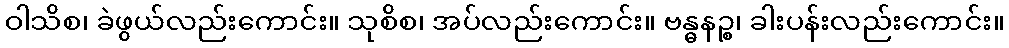
ဝါသိစ၊ ခဲဖွယ်လည်းကောင်း။ သုစိစ၊ အပ်လည်းကောင်း။ ဗန္ဓနဉ္စ၊ ခါးပန်းလည်းကောင်း။